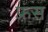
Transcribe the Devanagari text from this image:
फ़्रंस